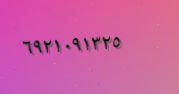
٦٩٢١٠٩١٣٢٥